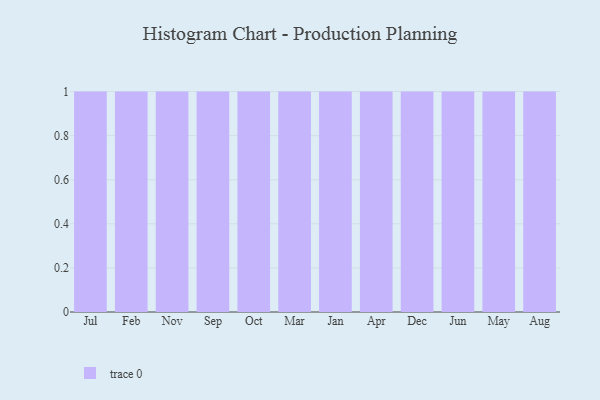
{"axis": {"x": "Month", "y": "Operating Costs (USD K)"}, "legend": [""], "data": [{"x": "Jul", "y": 87, "type": ""}, {"x": "Feb", "y": 86, "type": ""}, {"x": "Nov", "y": 80, "type": ""}, {"x": "Sep", "y": 29, "type": ""}, {"x": "Oct", "y": 21, "type": ""}, {"x": "Mar", "y": 33, "type": ""}, {"x": "Jan", "y": 100, "type": ""}, {"x": "Apr", "y": 98, "type": ""}, {"x": "Dec", "y": 90, "type": ""}, {"x": "Jun", "y": 63, "type": ""}, {"x": "May", "y": 15, "type": ""}, {"x": "Aug", "y": 12, "type": ""}]}